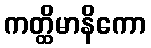
ကတ္ထိမာနိကော